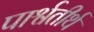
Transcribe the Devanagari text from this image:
पार्श्वतीर्थ